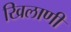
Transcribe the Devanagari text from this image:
खिलाणी